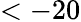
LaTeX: <-20